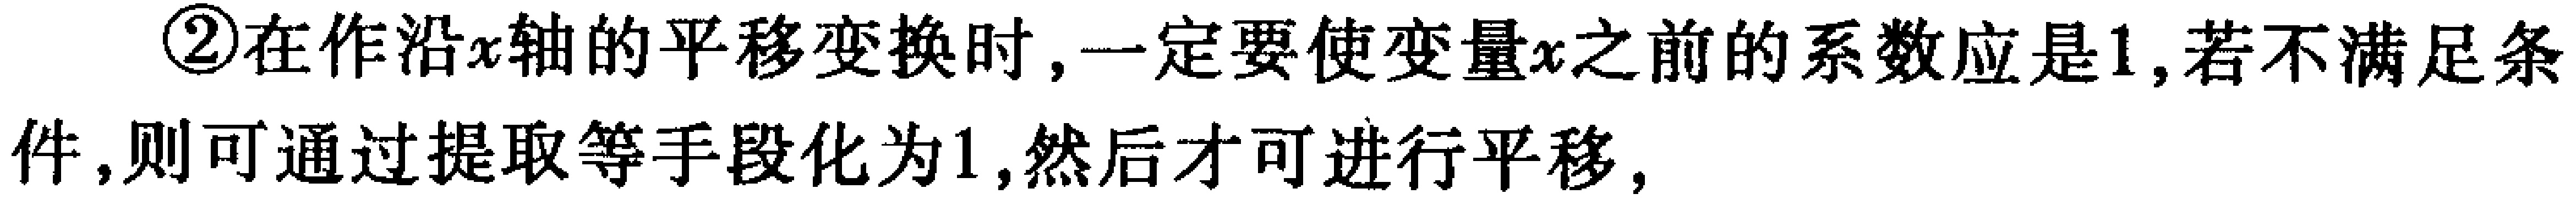
\textcircled{2}在作沿\(x\)轴的平移变换时,一定要使变量\(x\)之前的系数应是\(1\),若不满足条件,则可通过提取等手段化为\(1\),然后才可进行平移,